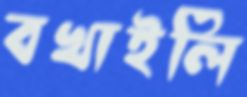
বখাইলি